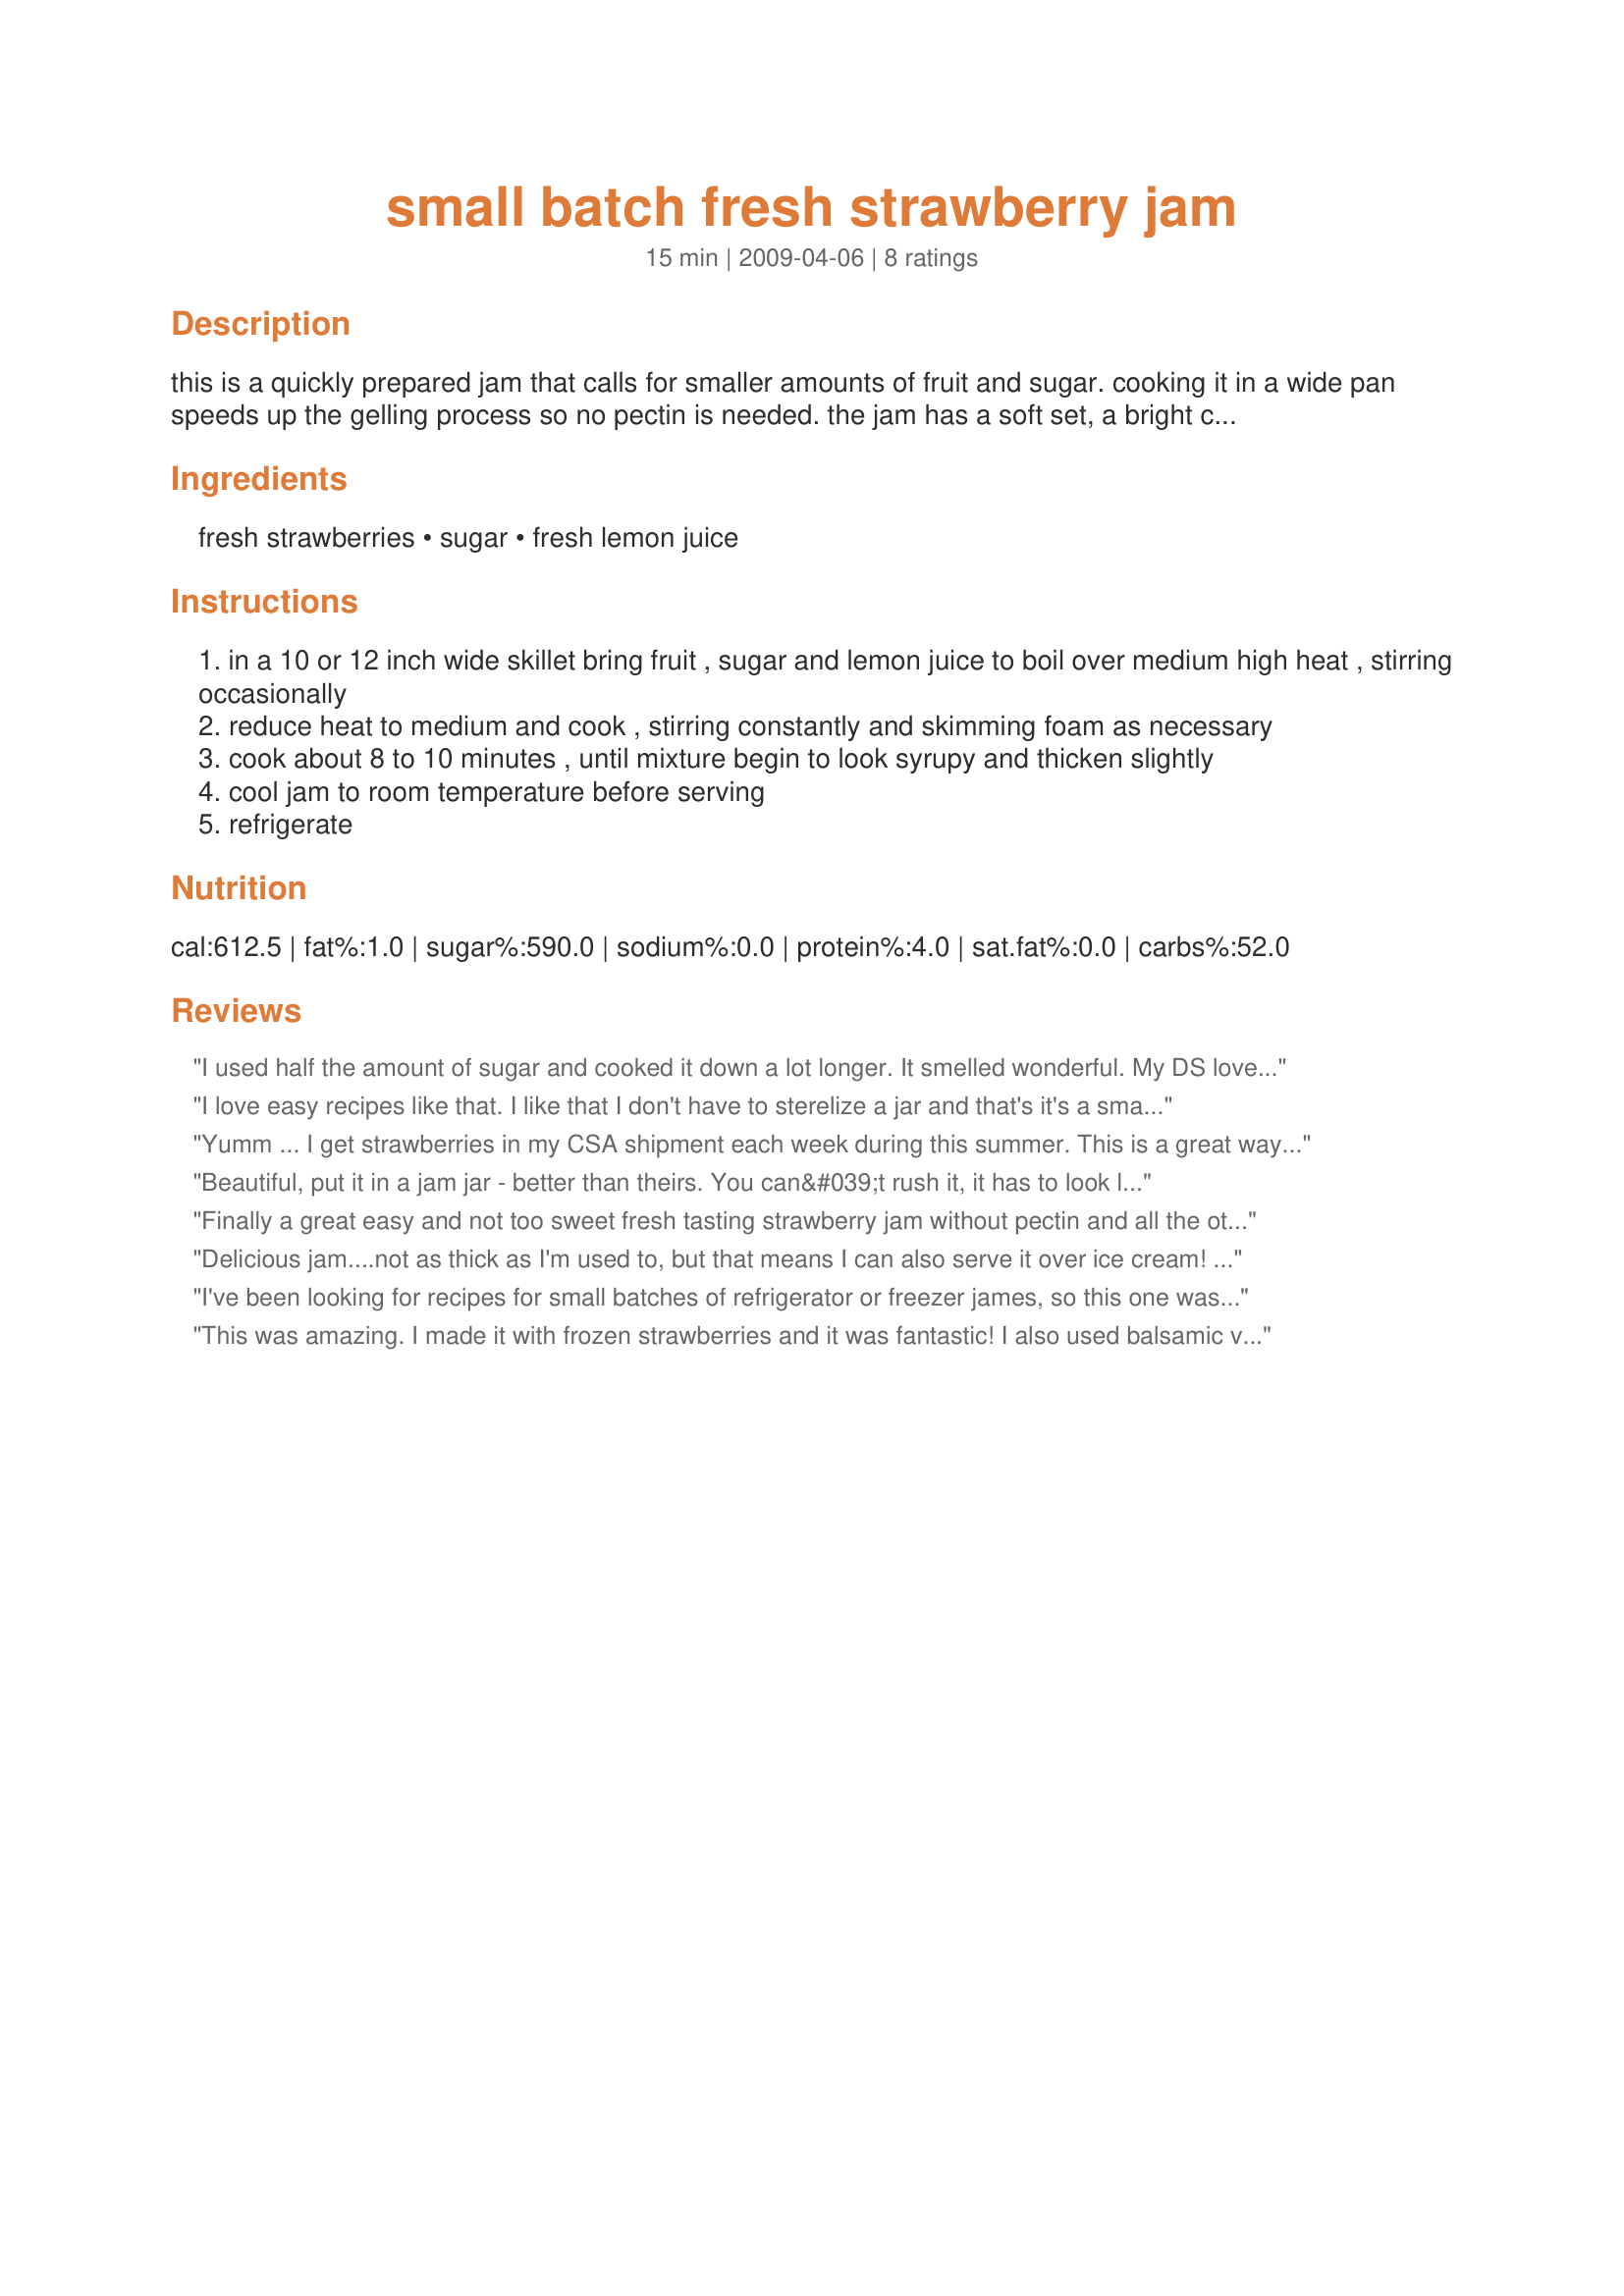
small batch fresh strawberry jam
Preparation time: 15 minutes

this is a quickly prepared jam that calls for smaller amounts of fruit and sugar. cooking it in a wide pan speeds up the gelling process so no pectin is needed. the jam has a soft set, a bright color and a full fruit flavor. perfect for spooning over toast but it may not be stiff enough for a peanut butter sandwich. this came from a newspaper article. this uses only 3 cups of sliced strawberries which is about 1 1/2 pints or 4 cups of whole berries.

Ingredients:
fresh strawberries, sugar, fresh lemon juice

Steps:
in a 10 or 12 inch wide skillet bring fruit , sugar and lemon juice to boil over medium high heat , stirring occasionally
reduce heat to medium and cook , stirring constantly and skimming foam as necessary
cook about 8 to 10 minutes , until mixture begin to look syrupy and thicken slightly
cool jam to room temperature before serving
refrigerate

Reviews:
I used half the amount of sugar and cooked it down a lot longer. It smelled wonderful. My DS loved it (I&#039;m allergic, so cannot attest to how it tastes). He said I should make a WHOLE lot of jars of it for our house!
Thanks for sharing, we&#039;ll be making this one again. It&#039;s perfect for when the strawberries don&#039;t look so pretty to eat but are not too far past their prime.
I love easy recipes like that. I like that I don't have to sterelize a jar and that's it's a small batch. Wonderful. I had a lot of fresh strawberries to use and this recipe is great for it. I used only 1/2 cup of sugar and that is perfect. Thanks Mary :) Made for I Recommend tag game
Yumm ... I get strawberries in my CSA shipment each week during this summer. This is a great way to use up the ones I didn't get to right away.
Beautiful, put it in a jam jar - better than theirs.
You can&#039;t rush it, it has to look like jam so I think I cooked it for almost 15mins.
Finally a great easy and not too sweet fresh tasting strawberry jam without pectin and all the other stuff that goes with making an all too sugary jam. It turned out perfect without any adjustments. I will definitely make again and just maybe seal some for gifts. I will definitely try next time with less sugar as suggested by Boomette.
Delicious jam....not as thick as I'm used to, but that means I can also serve it over ice cream! Really quick and easy to make. Thanks for sharing a sweet gem!
I've been looking for recipes for small batches of refrigerator or freezer james, so this one was really a great find, as is the taste ~ VERY QUICK & VERY TASTY, & I'll definitely be keeping this recipe around, 'cause I want to make it again when we have locally grown (well, So Cal, at least!) strawberries in season! [Tagged, made & reviewed for one of my adoptees at the tail end of the current Pick A Chef]
This was amazing. I made it with frozen strawberries and it was fantastic! I also used balsamic vinegar instead of lemon juice. This is my new go to jam recipe.
